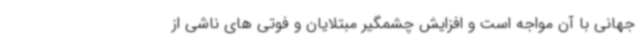
جهانی با آن مواجه است و افزایش چشمگیر مبتلایان و فوتی های ناشی از